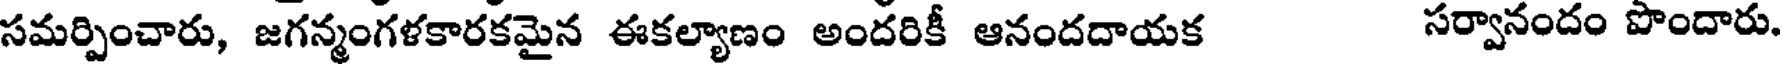
సమర్పించారు, జగన్మంగళకారకమైన ఈకల్యాణం అందరికీ ఆనందదాయక సర్వానందం పొందారు.